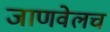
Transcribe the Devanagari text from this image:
जाणवेलच